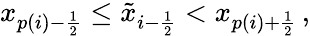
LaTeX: x_{p(i)-\frac{1}{2}}\leq\tilde{x}_{i-\frac{1}{2}}<x_{p(i)+\frac{1}{2}}\, ,